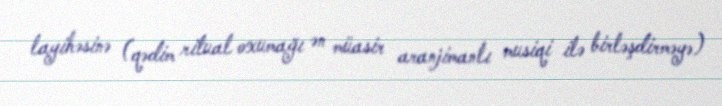
layihəsinə (qədim ritual oxumağı ən müasir aranjimanlı musiqi ilə birləşdirməyə)